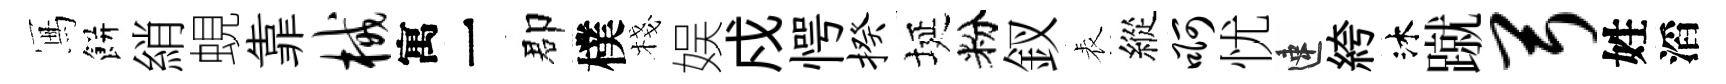
冩餅綃蜆靠械寓一郡樸棧娱戍愕揆埏粉釵表縱啊忧速絝沐蹴弓姓滔